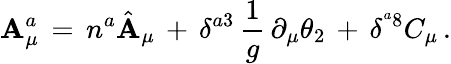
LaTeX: \mathbf{A}_{\mu}^{a}\, =\, n^{a}\hat{{\mathbf{A}}}_{\mu}\, +\, \delta^{a3}\, \frac{{1}}{{g}}\, \partial_{\mu}\theta_{2}\, +\, \delta^{^a8}C_{\mu}\, .